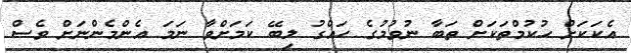
އެކަކަށް ހުކުމްތަކަށް ތަބާ ނުވުމުގެ ހައްގު ލިބޭ ކަމަށްވާ ނަމަ އެންމެންނަށް ވެސް